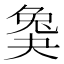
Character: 𡙖